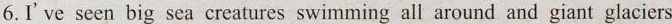
6.I've seen big sea creatures swimming all around and giant glaciers